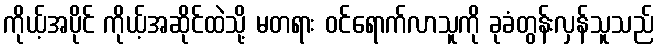
ကိုယ့်အပိုင် ကိုယ့်အဆိုင်ထဲသို့ မတရား ဝင်ရောက်လာသူကို ခုခံတွန်းလှန်သူသည်